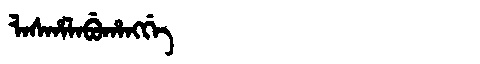
Manchu: ᠯᠠᠰᡥᠠᠯᠠᠪᡠᡥᠠᠩᡤᡝ
Romanization: LASHALABUHANGGE